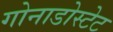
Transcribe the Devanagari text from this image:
गोनाडोस्टेट